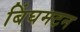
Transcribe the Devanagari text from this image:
बिंघमटन